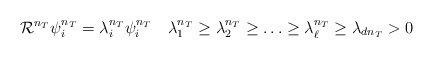
\begin{align*}\mathcal R^{n_T}\psi_i^{n_T}=\lambda_i^{n_T}\psi_i^{n_T}\quad\lambda_1^{n_T}\ge\lambda_2^{n_T}\ge\ldots\ge\lambda_\ell^{n_T}\ge\lambda_{d{n_T}}>0\end{align*}